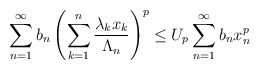
\begin{align*} \sum^{\infty}_{n=1}b_n \left (\sum^{n}_{k=1}\frac {\lambda_kx_k}{\Lambda_n} \right )^p \leq U_p\sum^{\infty}_{n=1}b_nx^p_n\end{align*}